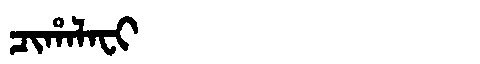
Manchu: ᠴᡳᡥᠠᠯᠠᠸᡳ
Romanization: CIHALAFI